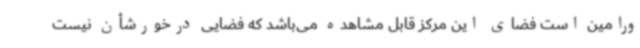
ورامین است فضای این مرکز قابل مشاهده می‌باشد که فضایی درخورشأن نیست